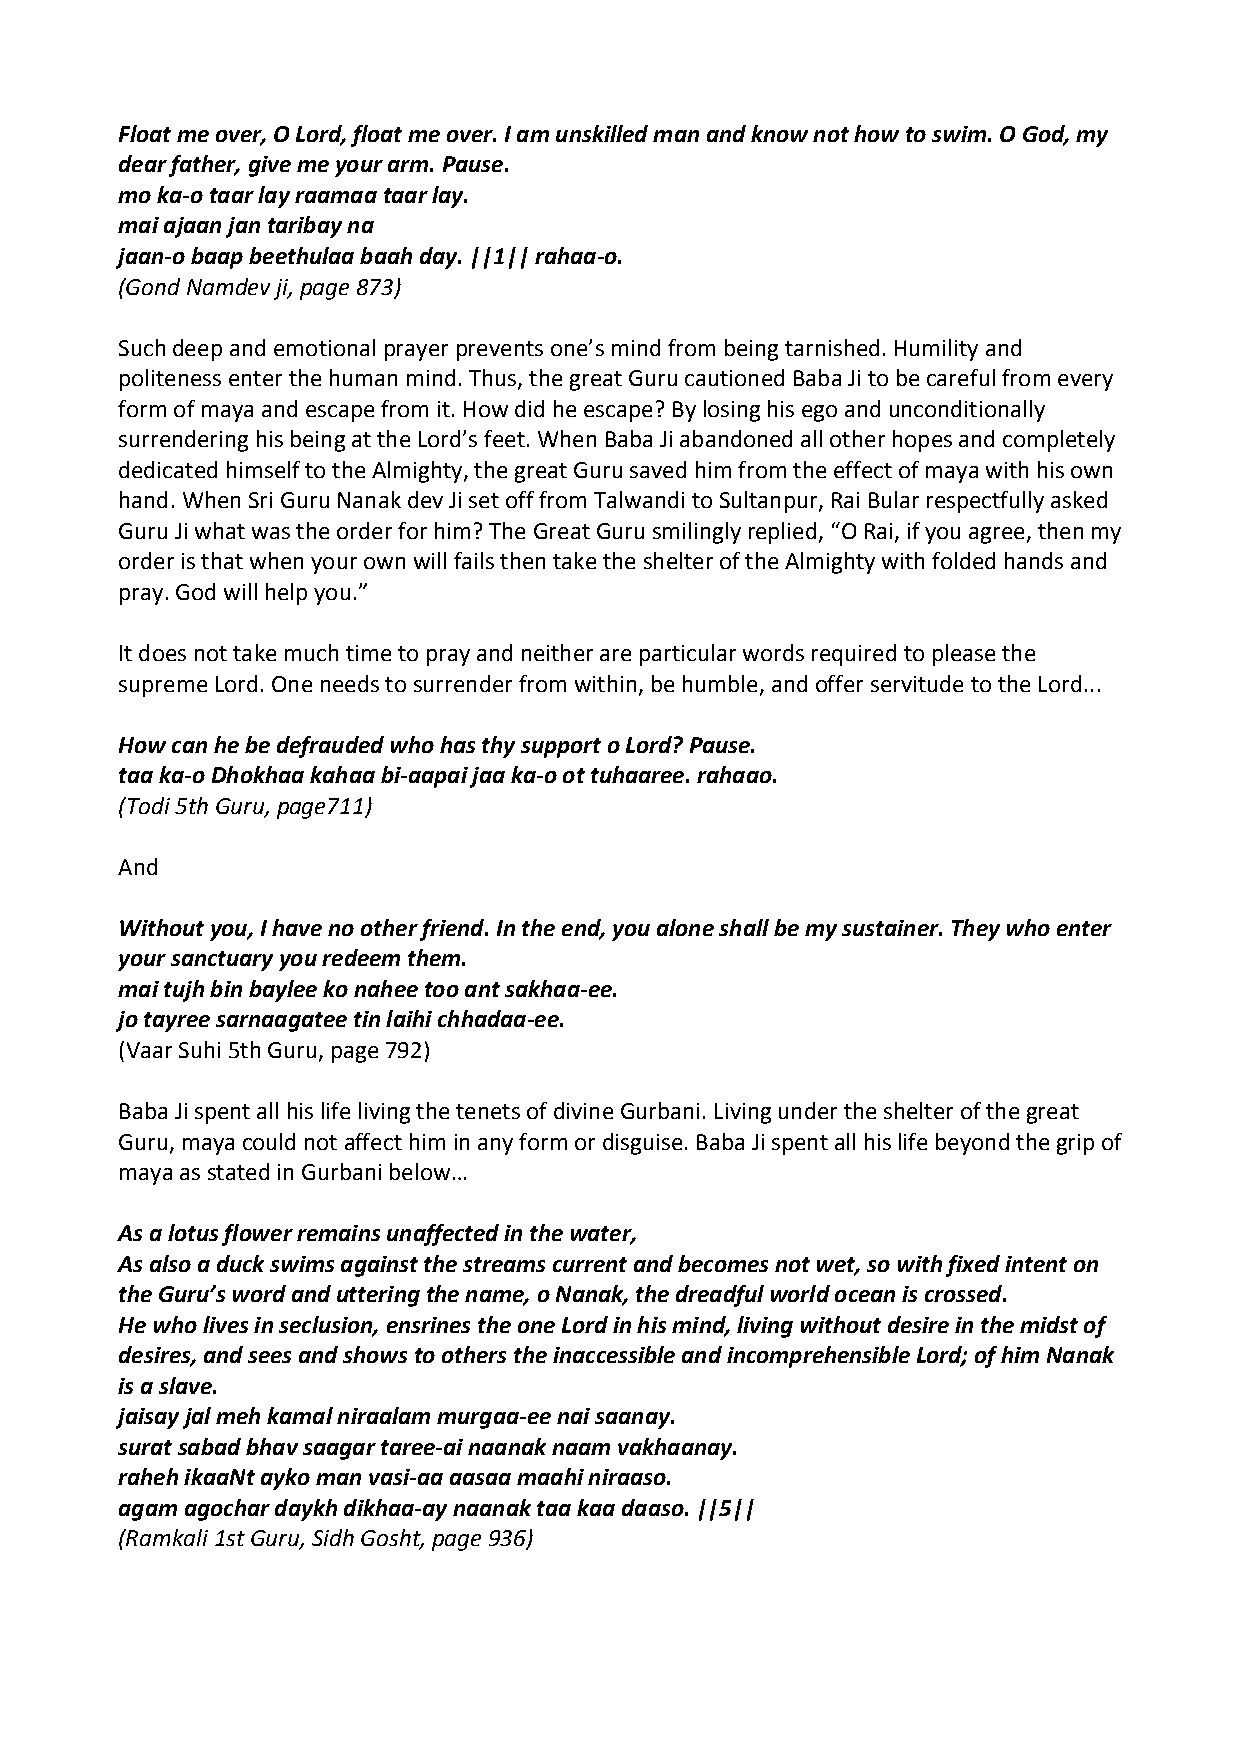
Float me over, O Lord, float me over. I am unskilled man and know not how to swim. O God, my
 dear father, give me your arm. Pause.
 mo ka‐o taar lay raamaa taar lay.
 mai ajaan jan taribay na
 jaan‐o baap beethulaa baah day. ||1|| rahaa‐o.
 (Gond Namdev ji, page 873)
 Such deep and emotional prayer prevents one’s mind from being tarnished. Humility and
 politeness enter the human mind. Thus, the great Guru cautioned Baba Ji to be careful from every
 form of maya and escape from it. How did he escape? By losing his ego and unconditionally
 surrendering his being at the Lord’s feet. When Baba Ji abandoned all other hopes and completely
 dedicated himself to the Almighty, the great Guru saved him from the effect of maya with his own
 hand. When Sri Guru Nanak dev Ji set off from Talwandi to Sultanpur, Rai Bular respectfully asked
 Guru Ji what was the order for him? The Great Guru smilingly replied, “O Rai, if you agree, then my
 order is that when your own will fails then take the shelter of the Almighty with folded hands and
 pray. God will help you.”
 It does not take much time to pray and neither are particular words required to please the
 supreme Lord. One needs to surrender from within, be humble, and offer servitude to the Lord...
 How can he be defrauded who has thy support o Lord? Pause.
 taa ka‐o Dhokhaa kahaa bi‐aapai jaa ka‐o ot tuhaaree. rahaao.
 (Todi 5th Guru, page711)
 And
 Without you, I have no other friend. In the end, you alone shall be my sustainer. They who enter
 your sanctuary you redeem them.
 mai tujh bin baylee ko nahee too ant sakhaa‐ee.
 jo tayree sarnaagatee tin laihi chhadaa‐ee.
 (Vaar Suhi 5th Guru, page 792)
 Baba Ji spent all his life living the tenets of divine Gurbani. Living under the shelter of the great
 Guru, maya could not affect him in any form or disguise. Baba Ji spent all his life beyond the grip of
 maya as stated in Gurbani below…
 As a lotus flower remains unaffected in the water,
 As also a duck swims against the streams current and becomes not wet, so with fixed intent on
 the Guru’s word and uttering the name, o Nanak, the dreadful world ocean is crossed.
 He who lives in seclusion, ensrines the one Lord in his mind, living without desire in the midst of
 desires, and sees and shows to others the inaccessible and incomprehensible Lord; of him Nanak
 is a slave.
 jaisay jal meh kamal niraalam murgaa‐ee nai saanay.
 surat sabad bhav saagar taree‐ai naanak naam vakhaanay.
 raheh ikaaNt ayko man vasi‐aa aasaa maahi niraaso.
 agam agochar daykh dikhaa‐ay naanak taa kaa daaso. ||5||
 (Ramkali 1st Guru, Sidh Gosht, page 936)